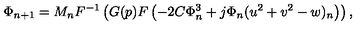
\Phi _ { n + 1 } = M _ { n } F ^ { - 1 } \left( G ( p ) F \left( - 2 C \Phi _ { n } ^ { 3 } + j \Phi _ { n } ( u ^ { 2 } + v ^ { 2 } - w ) _ { n } \right) \right) ,